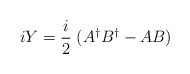
\begin{align*}iY=\frac{i}{2}\; (A^\dagger B^\dagger -AB) \end{align*}